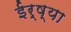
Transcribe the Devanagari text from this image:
ईर्ष्‍या